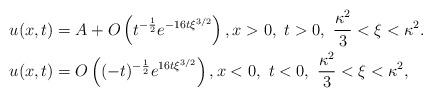
LaTeX: \begin{align*} &u(x,t)=A+O\left(t^{-\frac{1}{2}}e^{-16t\xi^{3/2}}\right), x>0, \ t>0, \ \frac{\kappa^2}{3}<\xi<\kappa^2.\\ &u(x,t)=O\left((-t)^{-\frac{1}{2}}e^{16t\xi^{3/2}}\right), x<0, \ t<0, \ \frac{\kappa^2}{3}<\xi<\kappa^2, \end{align*}